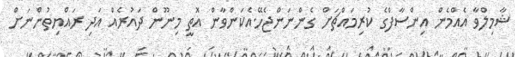
ޝާމިލްވާ އެއްމެން އިންސާފްގެ ކުރިމައްޗަށް ގެންނަންޖެހޭ.އެކަންވާން އޮތީ މިނޫން ދައުރެއް އަދި ރައްޔިތުންނަށް